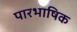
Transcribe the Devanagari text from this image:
पारभाषिक